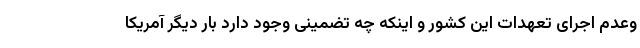
وعدم اجرای تعهدات این کشور و اینکه چه تضمینی وجود دارد بار دیگر آمریکا